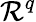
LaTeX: \mathcal{R}^{q}